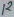
Text: 12